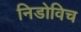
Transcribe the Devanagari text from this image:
निडोविच